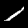
Digit: 1